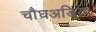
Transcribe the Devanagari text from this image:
चौघअड़िया